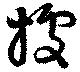
拠